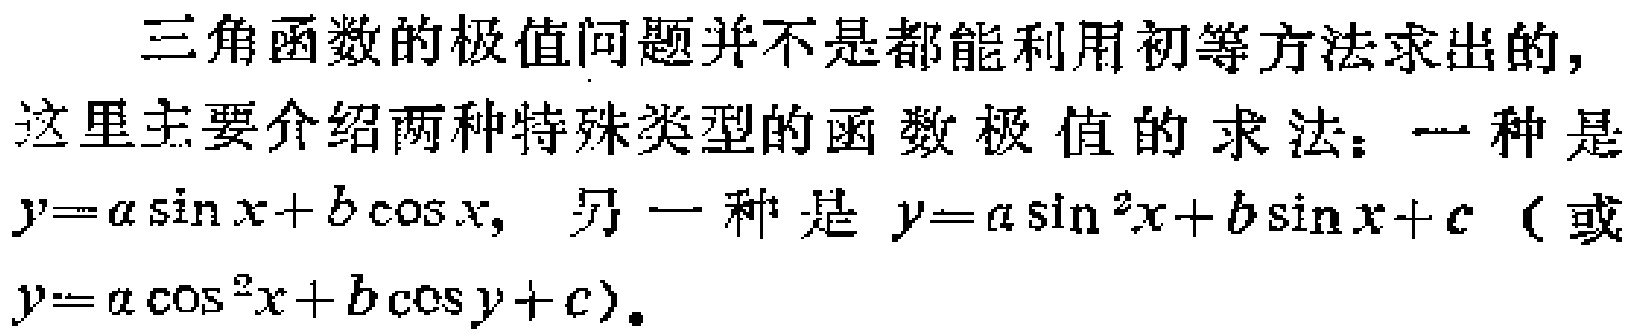
三角函数的极值问题并不是都能利用初等方法求出的，这里主要介绍两种特殊类型的函数极值的求法：一种是$y = a\sin x + b\cos x$，另一种是$y = a\sin^{2}x + b\sin x + c$（或$y = a\cos^{2}x + b\cos y + c$）。